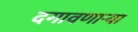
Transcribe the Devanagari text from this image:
दगावणाऱ्या